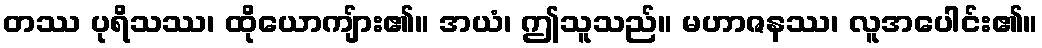
တဿ ပုရိသဿ၊ ထိုယောကျ်ား၏။ အယံ၊ ဤသူသည်။ မဟာဇနဿ၊ လူအပေါင်း၏။